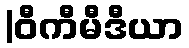
|ဝီကီမီဒီယာ